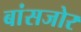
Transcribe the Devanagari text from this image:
बांसजोर